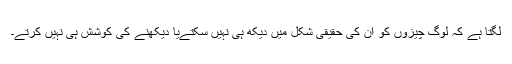
لگتا ہے کہ لوگ چیزوں کو ان کی حقیقی شکل میں دیکھ ہی نہیں سکتےیا دیکھنے کی کوشش ہی نہیں کرتے۔